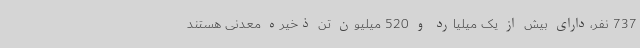
737 نفر،دارای بیش از یک میلیارد و 520 میلیون تن ذخیره معدنی هستند